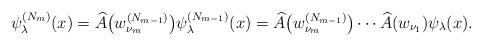
LaTeX: \begin{align*} \psi _{\lambda }^{( N_{m}) }(x)=\widehat{A}\big( w_{\nu _{m}}^{( N_{m-1}) }\big) \psi _{\lambda }^{( N_{m-1}) }(x)=\widehat{A}\big( w_{\nu _{m}}^{( N_{m-1}) }\big) \cdots \widehat{A}( w_{\nu _{1}}) \psi _{\lambda }(x). \end{align*}